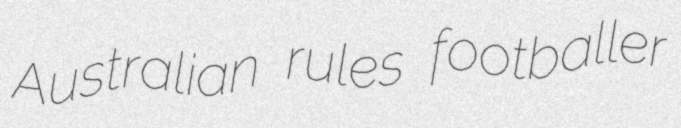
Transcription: Australian rules footballer